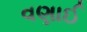
વણાઈ